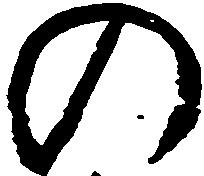
の